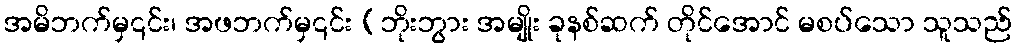
အမိဘက်မှ၎င်း၊ အဖဘက်မှ၎င်း (ဘိုးဘွား အမျိုး ခုနစ်ဆက် တိုင်အောင် မစပ်သော သူသည်